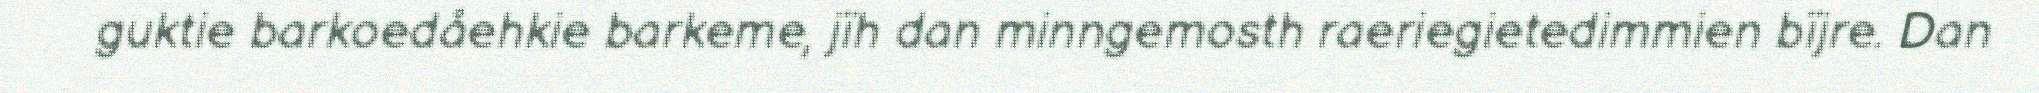
guktie barkoedåehkie barkeme, jïh dan minngemosth raeriegietedimmien bïjre. Dan